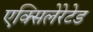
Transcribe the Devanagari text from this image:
एक्सिलेरेटेड